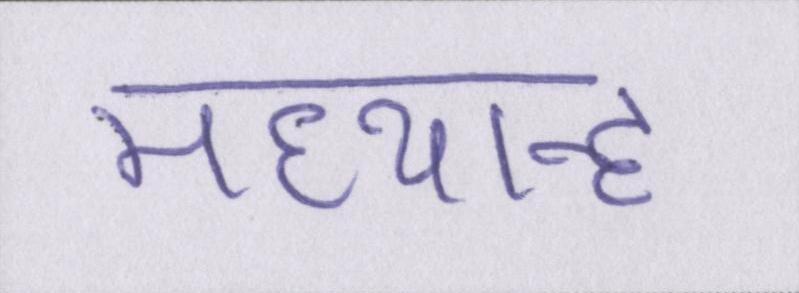
मध्यान्ह